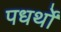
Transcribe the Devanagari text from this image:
पधर्थों